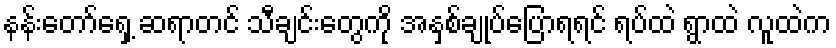
နန်းတော်ရှေ့ ဆရာတင် သီချင်းတွေကို အနှစ်ချုပ်ပြောရရင် ရပ်ထဲ ရွာထဲ လူထဲက